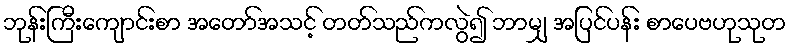
ဘုန်းကြီးကျောင်းစာ အတော်အသင့် တတ်သည်ကလွဲ၍ ဘာမျှ အပြင်ပန်း စာပေဗဟုသုတ